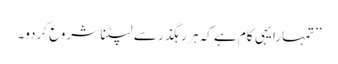
’’تمہارا یہی کام ہے کہ ہر رہگذر سے لپٹنا شروع کردو۔